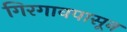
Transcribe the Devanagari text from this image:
गिरगावपासून